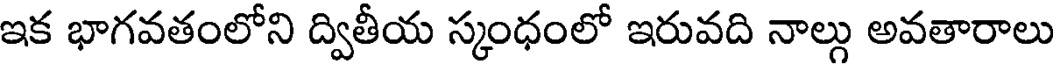
ఇక భాగవతంలోని ద్వితీయ స్కంధంలో ఇరువది నాల్గు అవతారాలు